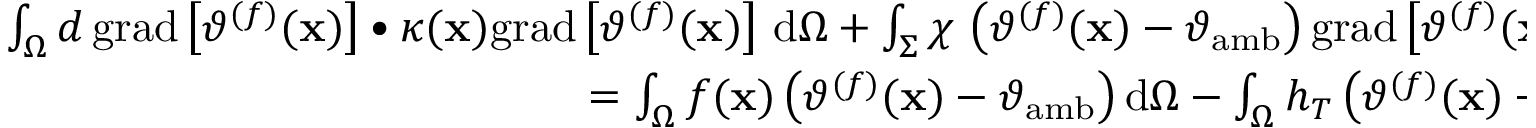
\begin{array} { r } { \int _ { \Omega } d \, \mathrm { g r a d } \left[ \vartheta ^ { ( f ) } ( \mathbf { x } ) \right] \bullet \kappa ( \mathbf { x } ) \mathrm { g r a d } \left[ \vartheta ^ { ( f ) } ( \mathbf { x } ) \right] \, \mathrm { d } \Omega + \int _ { \Sigma } \chi \, \left( \vartheta ^ { ( f ) } ( \mathbf { x } ) - \vartheta _ { \mathrm { a m b } } \right) \mathrm { g r a d } \left[ \vartheta ^ { ( f ) } ( \mathbf { x } ) \right] \bullet \widehat { \mathbf { t } } ( \mathbf { x } ) \, \mathrm { d } \Gamma } \\ { = \int _ { \Omega } f ( \mathbf { x } ) \left( \vartheta ^ { ( f ) } ( \mathbf { x } ) - \vartheta _ { \mathrm { a m b } } \right) \mathrm { d } \Omega - \int _ { \Omega } h _ { T } \left( \vartheta ^ { ( f ) } ( \mathbf { x } ) - \vartheta _ { \mathrm { a m b } } \right) ^ { 2 } \mathrm { d } \Omega } \end{array}